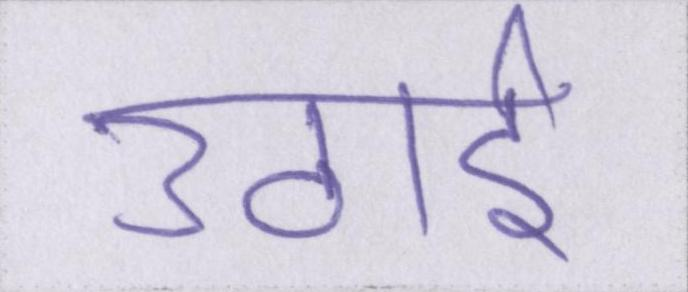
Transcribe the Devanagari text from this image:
उठाई